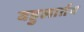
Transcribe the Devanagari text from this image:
बहुलार्तव